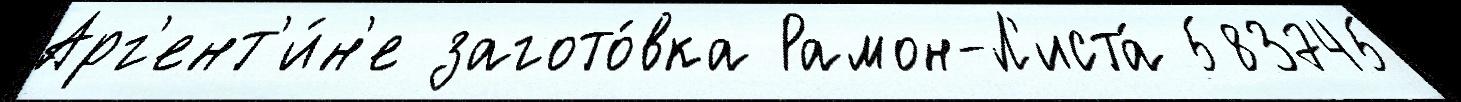
Арг'ент'и́н'е загото́вка Рамон-Л'иста́ 583745